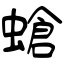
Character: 螥